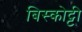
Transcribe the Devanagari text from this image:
बिस्कोट्टी